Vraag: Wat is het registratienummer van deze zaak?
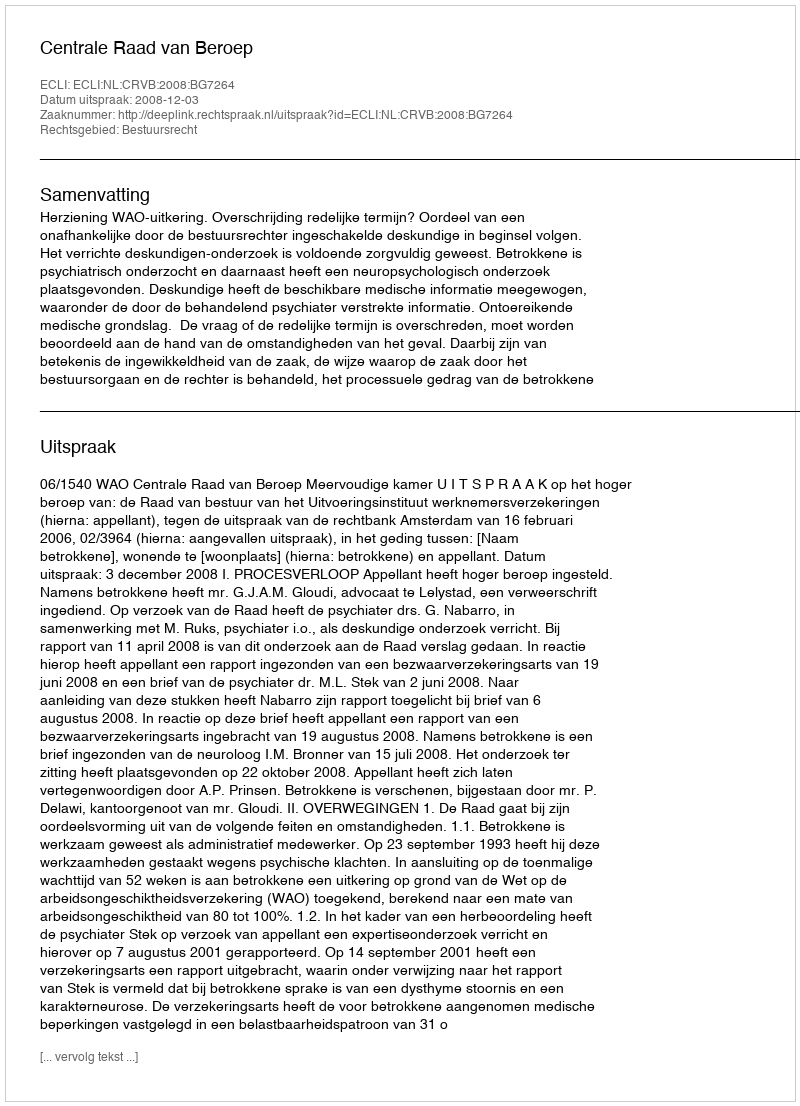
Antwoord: http://deeplink.rechtspraak.nl/uitspraak?id=ECLI:NL:CRVB:2008:BG7264